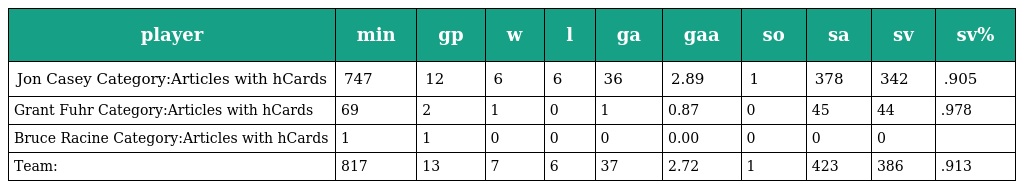
| player | min | gp | w | l | ga | gaa | so | sa | sv | sv% |
 | --- | --- | --- | --- | --- | --- | --- | --- | --- | --- | --- |
 | Jon Casey Category:Articles with hCards | 747 | 12 | 6 | 6 | 36 | 2.89 | 1 | 378 | 342 | .905 |
 | Grant Fuhr Category:Articles with hCards | 69 | 2 | 1 | 0 | 1 | 0.87 | 0 | 45 | 44 | .978 |
 | Bruce Racine Category:Articles with hCards | 1 | 1 | 0 | 0 | 0 | 0.00 | 0 | 0 | 0 |  |
 | Team: | 817 | 13 | 7 | 6 | 37 | 2.72 | 1 | 423 | 386 | .913 |